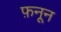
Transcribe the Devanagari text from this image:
फ़नून